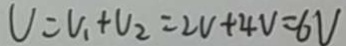
U = V _ { 1 } + V _ { 2 } = 2 V + 4 V = 6 V